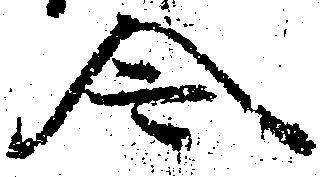
令